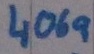
Text: 4069